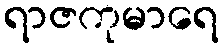
ရာဇကုမာရေ